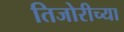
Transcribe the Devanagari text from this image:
तिजोरीच्या